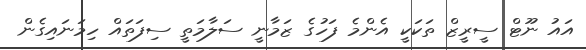
އައު ނޫޓް ސީރީޒް ތަކަކީ އެންމެ ފަހުގެ ޒަމާނީ ސަލާމަތީ ސިފަތައް ހިމަނައިގެން